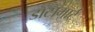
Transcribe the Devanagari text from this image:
डाटामार्ट